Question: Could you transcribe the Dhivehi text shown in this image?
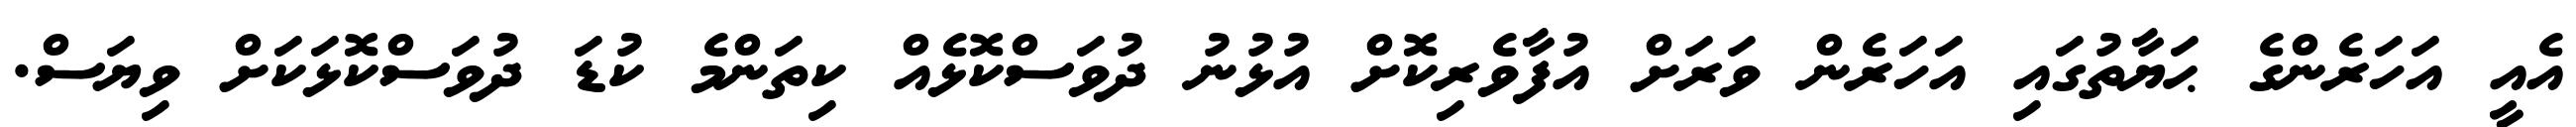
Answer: އެއީ އަހަރެންގެ ޙަޔާތުގައި އަހަރެން ވަރަށް އުފާވެރިކޮށް އުޅުނު ދުވަސްކޮޅެއް ކިތަންމެ ކުޑަ ދުވަސްކޮޅަކަށް ވިޔަސް.